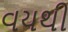
વયથી